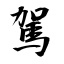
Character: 駕